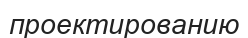
проектированию